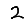
Digit: 2